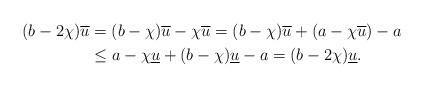
LaTeX: \begin{align*}(b-2\chi)\overline{u}&= (b-\chi)\overline{u}-\chi\overline{u}=(b-\chi)\overline{u} +\left(a -\chi\overline{u}\right) -a\\ &\leq a -\chi\underline{u} +(b-\chi)\underline{u} -a= (b-2\chi)\underline{u}.\end{align*}